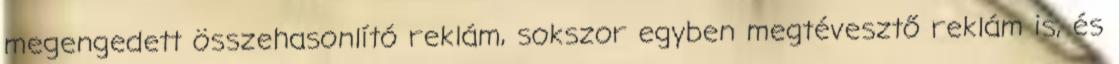
megengedett összehasonlító reklám, sokszor egyben megtévesztő reklám is, és